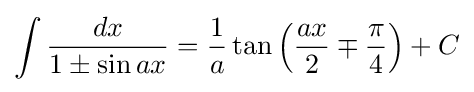
\int {\frac {dx}{1\pm \sin ax}}={\frac {1}{a}}\tan \left({\frac {ax}{2}}\mp {\frac {\pi }{4}}\right)+C